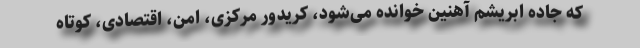
که جاده ابریشم آهنین خوانده می‌شود، کریدور مرکزی، امن، اقتصادی، کوتاه